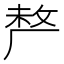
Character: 𠩺